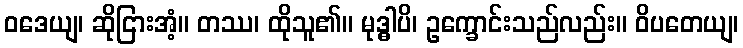
ဝဒေယျ၊ ဆိုငြားအံ့။ တဿ၊ ထိုသူ၏။ မုဒ္ဓါပိ၊ ဥက္ခောင်းသည်လည်း။ ဝိပတေယျ၊